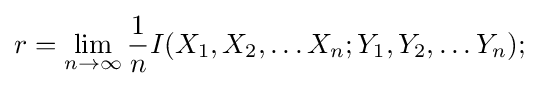
r=\lim _{n\to \infty }{\frac {1}{n}}I(X_{1},X_{2},\dots X_{n};Y_{1},Y_{2},\dots Y_{n});